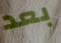
بعد